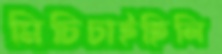
মিচিচাইছিলি